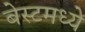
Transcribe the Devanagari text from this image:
बेस्टमध्ये